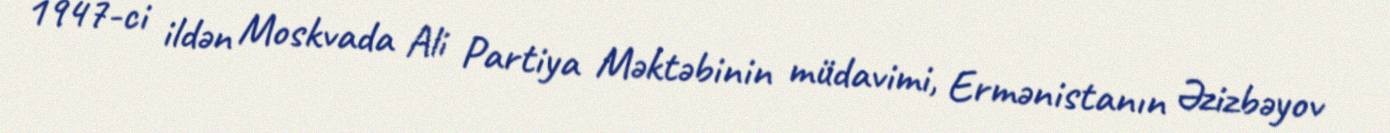
1947-ci ildən Moskvada Ali Partiya Məktəbinin müdavimi, Ermənistanın Əzizbəyov